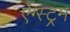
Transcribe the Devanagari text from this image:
ऐंग्स्ट्रम